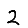
Digit: 2